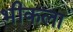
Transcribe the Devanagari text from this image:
भीकला